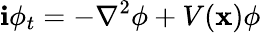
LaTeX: \mathbf{i}\phi_{t}=-\nabla^{2}\phi+V(\mathbf{{x}})\phi